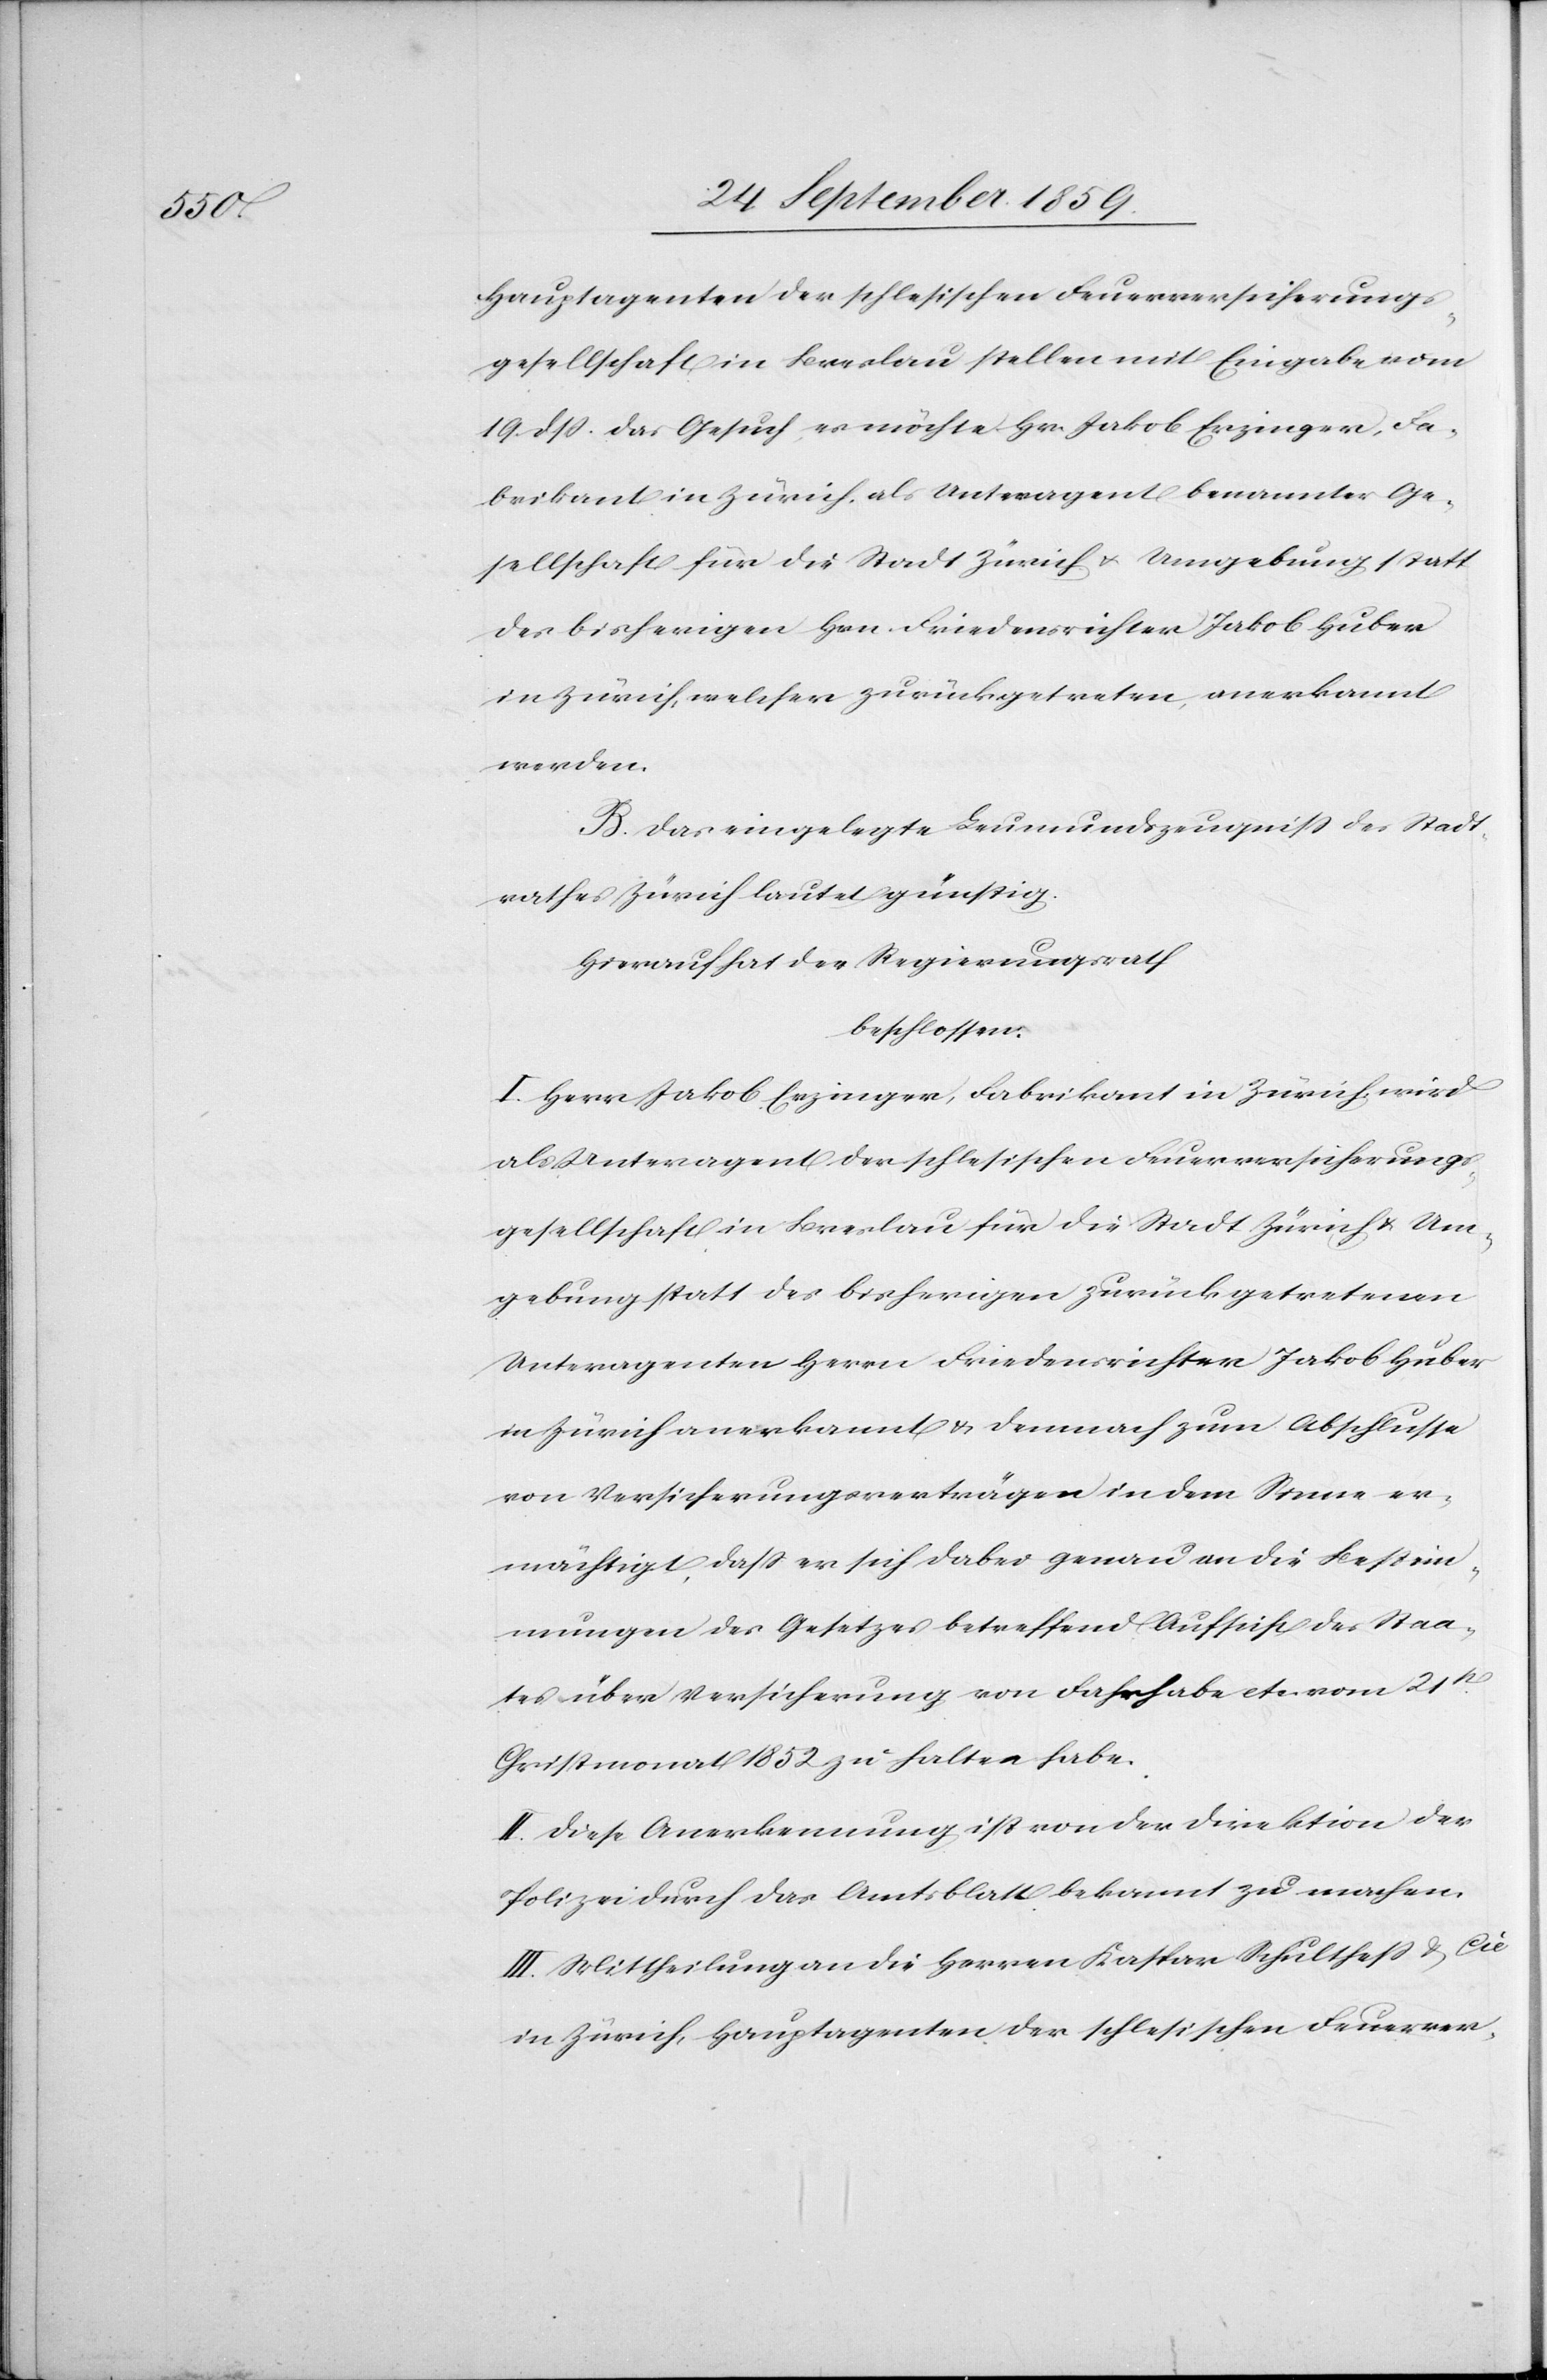
Hauptagenten der schlesischen Feuerversicherungs¬
gesellschaft in Breslau stellen mit Eingabe vom
19. dß. das Gesuch, es möchte Hr. Jakob Erzinger, Fa¬
brikant in Zürich, als Unteragent benannter Ge¬
sellschaft für die Stadt Zürich & Umgebung statt
des bisherigen Hrn. Friedensrichter Jakob Huber
in Zürich, welcher zurückgetreten, anerkannt
werden.
B. Das eingelegte Leumundszeugniß des Stadt¬
rathes Zürich lautet günstig.
Hierauf hat der Regierungsrath
beschlossen:
I. Herr Jakob Erzinger, Fabrikant in Zürich wird
als Unteragent der schlesischen Feuerversicherungs¬
gesellschaft in Breslau für die Stadt Zürich & Um¬
gebung statt des bisherigen zurückgetretenen
Unteragenten Herrn Friedensrichter Jakob Huber
in Zürich anerkannt & demnach zum Abschlusse
von Versicherungsverträgen in dem Sinne er¬
mächtigt, daß er sich dabei genau an die Bestim¬
mungen des Gesetzes betreffend Aufsicht des Staa¬
tes über Versicherung von Fahrhabe etc. vom 21t.
Christmonat 1852 zu halten habe.
II. Diese Anerkennung ist von der Direktion der
Polizei durch das Amtsblatt bekannt zu machen.
III. Mittheilung an die Herren Kaspar Schultheß & Cie.
in Zürich Hauptagenten der schlesischen Feuerver-